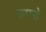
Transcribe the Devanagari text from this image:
रुपसे